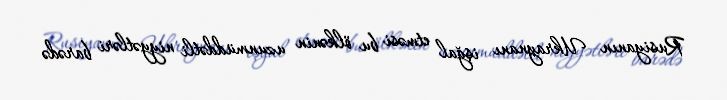
Rusiyanın Ukraynanı işğal etməsi bu ölkənin uzunmüddətli niyyətləri barədə